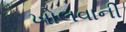
ખોલવાની